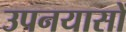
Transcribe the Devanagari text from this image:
उपनयासों